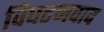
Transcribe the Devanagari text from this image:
विघटनवाद